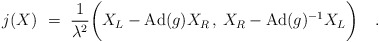
\begin{align*} j(X)~=~{1\over \lambda^2} \bigg( X_L - {\rm Ad}(g) X_R \, , \, X_R - {\rm Ad}(g)^{-1} X_L \bigg)~~~.\end{align*}